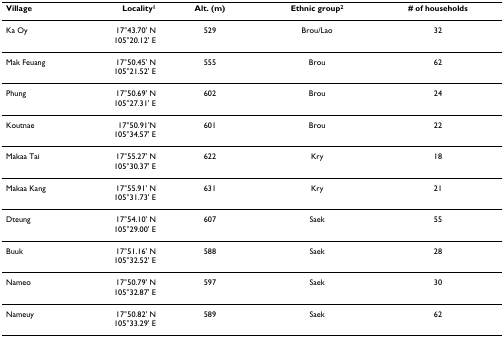
| Village | Locality1 | Alt. (m) | Ethnic group2 | # of households |
 | --- | --- | --- | --- | --- |
 | Ka Oy | 17°43.70' N105°20.12' E | 529 | Brou/Lao | 32 |
 | Mak Feuang | 17°50.45' N105°21.52' E | 555 | Brou | 62 |
 | Phung | 17°50.69' N105°27.31' E | 602 | Brou | 24 |
 | Koutnae | 17°50.91'N105°34.57' E | 601 | Brou | 22 |
 | Makaa Tai | 17°55.27' N105°30.37' E | 622 | Kry | 18 |
 | Makaa Kang | 17°55.91' N105°31.73' E | 631 | Kry | 21 |
 | Dteung | 17°54.10' N105°29.00' E | 607 | Saek | 55 |
 | Buuk | 17°51.16' N105°32.52' E | 588 | Saek | 28 |
 | Nameo | 17°50.79' N105°32.87' E | 597 | Saek | 30 |
 | Nameuy | 17°50.82' N105°33.29' E | 589 | Saek | 62 |